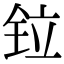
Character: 𫟷